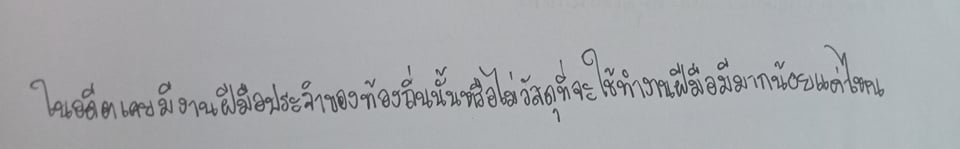
ในอดีตเคยมีงานฝีมือประจำของท้องถิ่นนั้นหรือไม่วัสดุที่จะใช้ทำงานฝีมือมีมากน้อยแค่ไหน